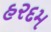
હરદમ